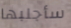
سأجلبها